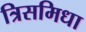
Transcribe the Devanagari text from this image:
त्रिसमिधा